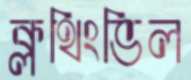
ক্লথিংভিল